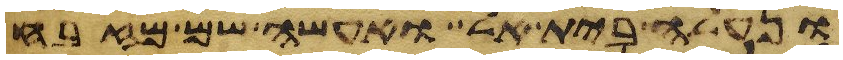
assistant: ונעלה בית אל ואעשה שם מזבח